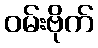
ဝမ်းဗိုက်